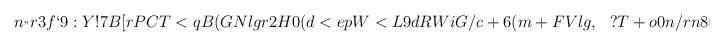
LaTeX: \begin{align*}n_"r3f`9:Y!7B[rPCT<qB(GN&lgr2H0(d<epW<L9dRWiG/c+6(m+FVlg,&?T+o0n/rn8(df,an@.f[mPs4KL6djkCH)?8D's5k'ri=5bFhd6-9=8LlbkKZk08-&\end{align*}